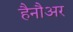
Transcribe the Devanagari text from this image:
हैनौअर